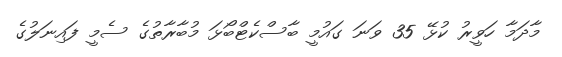
މާދަމާ ހަވީރު ކުޅޭ 35 ވަނަ ގައުމީ ބާސްކެޓްބޯޅަ މުބާރާތުގެ ސެމީ ފައިނަލުގެ